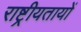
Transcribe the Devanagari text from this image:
राष्ट्रीयतायों